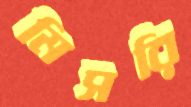
মিসরি